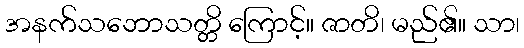
အနက်သဘောသတ္တိ ကြောင့်။ ဇာတိ၊ မည်၏။ သာ၊